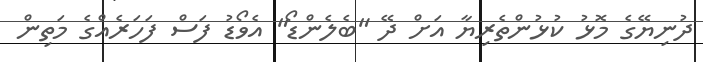
ދުނިޔޭގެ މޮޅު ކުޅުންތެރިޔާ އަށް ދޭ "ބެލެންޑޯ" އެވޯޑު ފަސް ފަހަރެއްގެ މަތިން